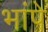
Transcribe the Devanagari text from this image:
भांपे